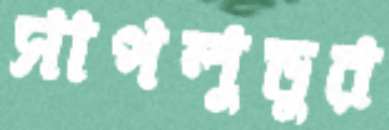
সাপলুডুর